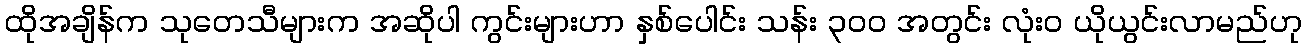
ထိုအချိန်က သုတေသီများက အဆိုပါ ကွင်းများဟာ နှစ်ပေါင်း သန်း ၃၀၀ အတွင်း လုံးဝ ယိုယွင်းလာမည်ဟု